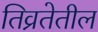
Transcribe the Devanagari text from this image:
तिव्रतेतील